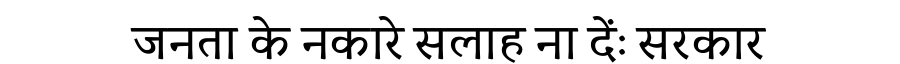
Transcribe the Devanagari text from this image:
जनता के नकारे सलाह ना देंः सरकार